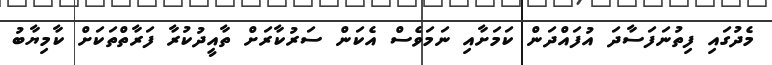
މެދުގައި ފިތުނަފަސާދަ އުފައްދަން ކަމަށާއި ނަމަވެސް އެކަން ސަރުކާރަށް ތާއީދުކުރާ ފަރާތްތަކަށް ކާމިޔާބު